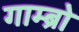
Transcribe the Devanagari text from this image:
गाम्ब्रो